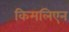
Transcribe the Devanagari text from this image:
किमलिएन